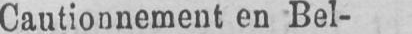
Cautionnement en Bel-